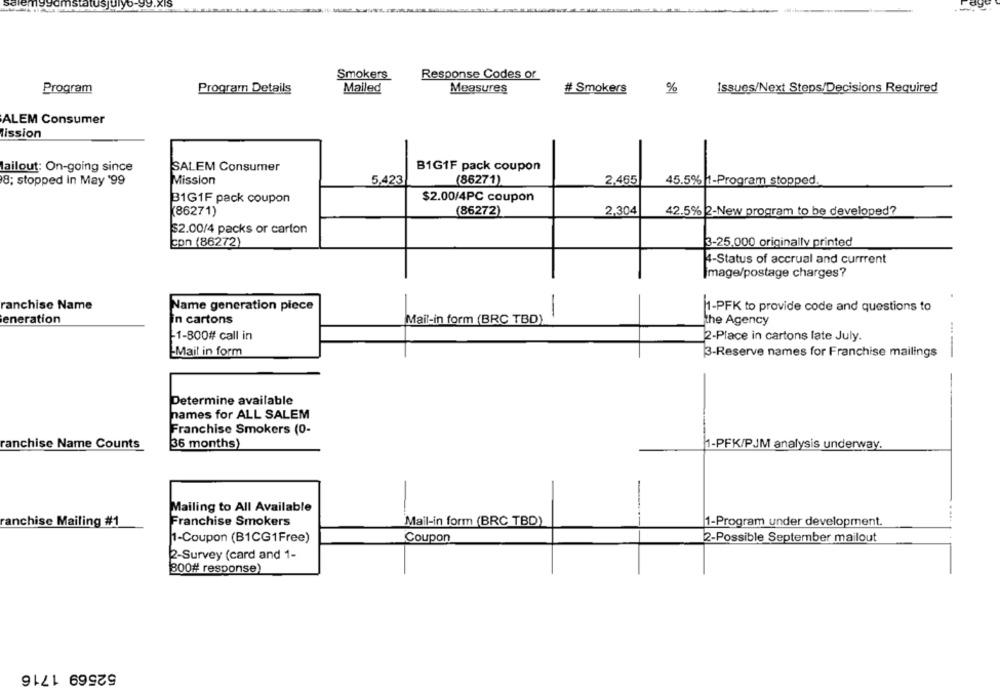
Smokers
Response Codes or
Program
Program Details
Mailed
Measures
# Smokers
%
Issues/Next Steps/Decisions Required
ALEM Consumer
ission
SALEM Consumer
B1G1F pack coupon
lailout: On-going since
8; stopped In May '99
Mission
5,423
(86271)
2,465
45.5% |1-Program stopped.
31G1F pack coupon
$2.00/4PC coupon
(86271)
(86272)
2,304
42.5% 2-New program to be developed?
$2.00/4 packs or carton
con (86272)
3-25.000 originally printed
4-Status of accrual and current
Image/postage charges?
anchise Name
Name generation piece
-
1-PFK to provide code and questions to
eneration
in cartons
Mail-in form (BRC TBD)
the Agency
-1-800# call in
2-Place in cartons late July.
-Mail in form
3-Reserve names for Franchise mailings
-
Petermine available
names for ALL SALEM
Franchise Smokers (0-
36 months)
ranchise Name Counts
1-PFK/PJM analysis underway.
Mailing to All Available
Franchise Smokers
....
ranchise Mailing #1
Mail-in form (BRC TBD)
1-Program under development.
1-Coupon (B1CG1Free)
Coupon
2-Possible September mailout
2-Survey (card and 1-
300# response)
52569 1716